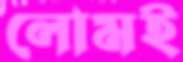
লোমই